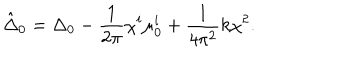
\hat { \Delta } _ { 0 } = \Delta _ { 0 } - \frac { 1 } { 2 \pi } \chi ^ { i } \mu _ { 0 } ^ { i } + \frac { 1 } { 4 \pi ^ { 2 } } k \chi ^ { 2 } .